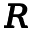
\pmb R